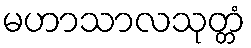
မဟာသာလသုတ္တံ